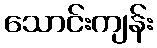
သောင်းကျန်း